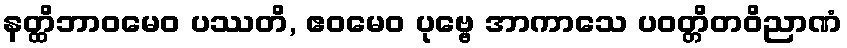
နတ္ထိဘာဝမေဝ ပဿတိ, ဧဝမေဝ ပုဗ္ဗေ အာကာသေ ပဝတ္တိတဝိညာဏံ